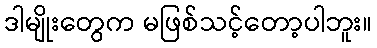
ဒါမျိုးတွေက မဖြစ်သင့်တော့ပါဘူး။